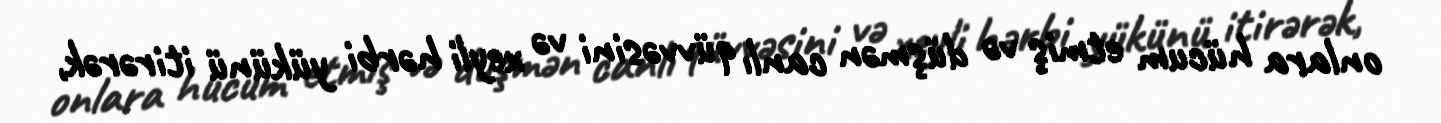
onlara hücum etmiş və düşmən canlı qüvvəsini və xeyli hərbi yükünü itirərək,